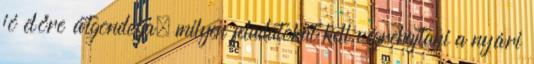
jó előre átgondolja, milyen feladatokat kell végrehajtani a nyári